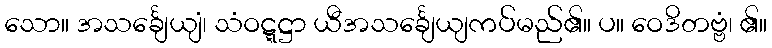
သော။ အသင်္ချေယျံ၊ သံဝဋ္ဋဋ္ဌာ ယီအသင်္ချေယျကပ်မည်၏။ ပ။ ဝေဒိတဗ္ဗံ၊ ၏။